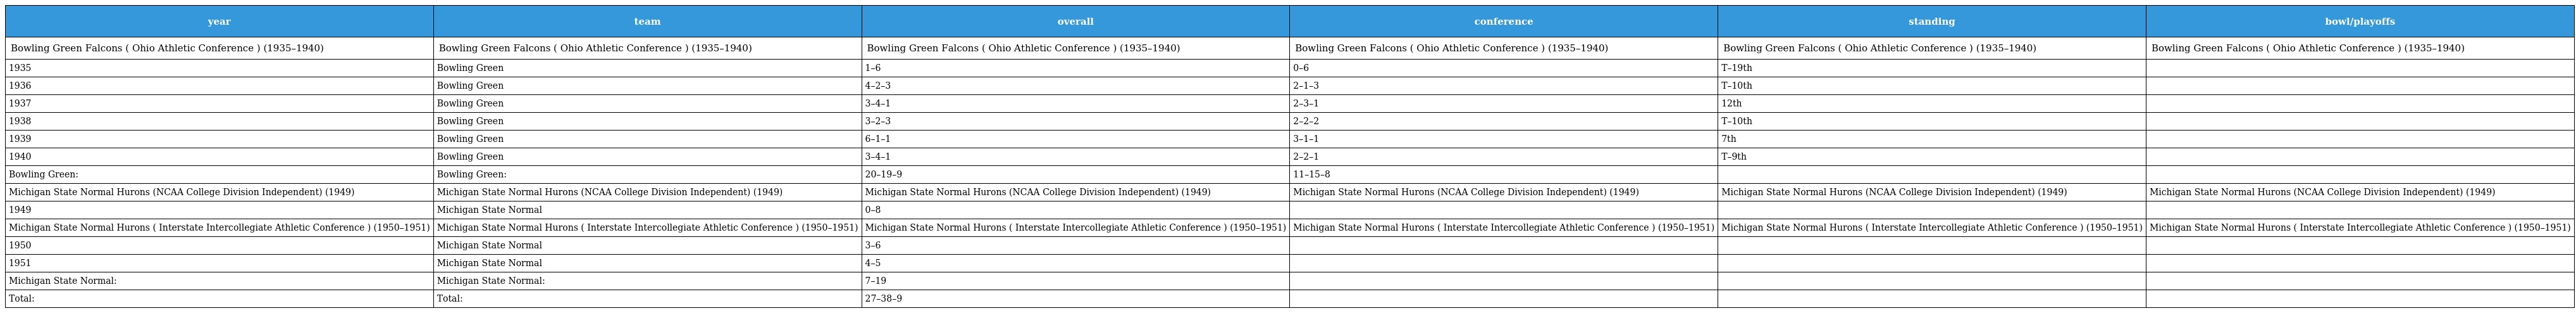
| year | team | overall | conference | standing | bowl/playoffs |
 | --- | --- | --- | --- | --- | --- |
 | Bowling Green Falcons ( Ohio Athletic Conference ) (1935–1940) | Bowling Green Falcons ( Ohio Athletic Conference ) (1935–1940) | Bowling Green Falcons ( Ohio Athletic Conference ) (1935–1940) | Bowling Green Falcons ( Ohio Athletic Conference ) (1935–1940) | Bowling Green Falcons ( Ohio Athletic Conference ) (1935–1940) | Bowling Green Falcons ( Ohio Athletic Conference ) (1935–1940) |
 | 1935 | Bowling Green | 1–6 | 0–6 | T–19th |  |
 | 1936 | Bowling Green | 4–2–3 | 2–1–3 | T–10th |  |
 | 1937 | Bowling Green | 3–4–1 | 2–3–1 | 12th |  |
 | 1938 | Bowling Green | 3–2–3 | 2–2–2 | T–10th |  |
 | 1939 | Bowling Green | 6–1–1 | 3–1–1 | 7th |  |
 | 1940 | Bowling Green | 3–4–1 | 2–2–1 | T–9th |  |
 | Bowling Green: | Bowling Green: | 20–19–9 | 11–15–8 |  |  |
 | Michigan State Normal Hurons (NCAA College Division Independent) (1949) | Michigan State Normal Hurons (NCAA College Division Independent) (1949) | Michigan State Normal Hurons (NCAA College Division Independent) (1949) | Michigan State Normal Hurons (NCAA College Division Independent) (1949) | Michigan State Normal Hurons (NCAA College Division Independent) (1949) | Michigan State Normal Hurons (NCAA College Division Independent) (1949) |
 | 1949 | Michigan State Normal | 0–8 |  |  |  |
 | Michigan State Normal Hurons ( Interstate Intercollegiate Athletic Conference ) (1950–1951) | Michigan State Normal Hurons ( Interstate Intercollegiate Athletic Conference ) (1950–1951) | Michigan State Normal Hurons ( Interstate Intercollegiate Athletic Conference ) (1950–1951) | Michigan State Normal Hurons ( Interstate Intercollegiate Athletic Conference ) (1950–1951) | Michigan State Normal Hurons ( Interstate Intercollegiate Athletic Conference ) (1950–1951) | Michigan State Normal Hurons ( Interstate Intercollegiate Athletic Conference ) (1950–1951) |
 | 1950 | Michigan State Normal | 3–6 |  |  |  |
 | 1951 | Michigan State Normal | 4–5 |  |  |  |
 | Michigan State Normal: | Michigan State Normal: | 7–19 |  |  |  |
 | Total: | Total: | 27–38–9 |  |  |  |